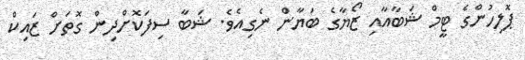
ޕޮލިހުންގެ ޓީމް ޝަބާއާއި ޒޯޔާގެ ބަޔާން ނެގިއެވެ. ޝަބާ ސިފަކޮށްދިން ގޮތަށް ޒައިކް